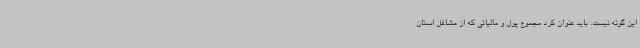
این گونه نیست. باید عنوان کرد مجموع پول و مالیاتی که از مشاغل استان